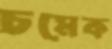
চমেক